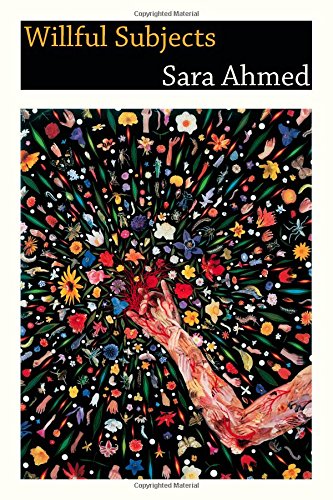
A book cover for Willful Subjects; Sara Ahmed; Politics & Social Sciences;